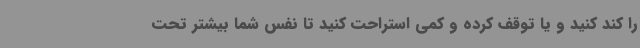
را کند کنید و یا توقف کرده و کمی استراحت کنید تا نفس شما بیشتر تحت